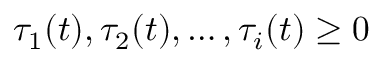
\tau _ { 1 } ( t ) , \tau _ { 2 } ( t ) , \ldots , \tau _ { i } ( t ) \geq 0